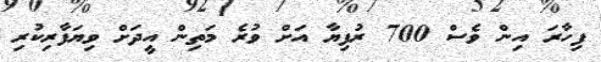
ފިހާރަ އިން ވެސް 700 ރުފިޔާ އަށް ވުރެ މަތިން އީދަށް ވިޔަފާރިކުރި